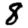
Digit: 8